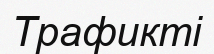
Трафикті